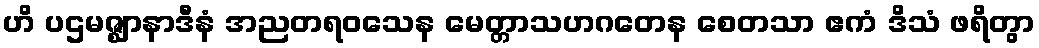
ဟိ ပဌမဇ္ဈာနာဒီနံ အညတရဝသေန မေတ္တာသဟဂတေန စေတသာ ဧကံ ဒိသံ ဖရိတွာ